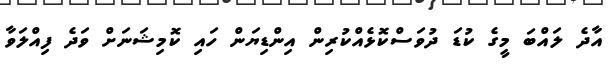
އާދެ ލައްބަ މީގެ ކުޑަ ދުވަސްކޮޅެއްކުރިން އިންޑިޔަން ހައި ކޮމިޝަނަށް ވަދެ ފިއްލަވާ